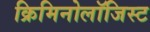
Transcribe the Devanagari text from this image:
क्रिमिनोलॉजिस्ट